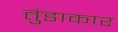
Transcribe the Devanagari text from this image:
तुंडाकार